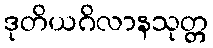
ဒုတိယဂိလာနသုတ္တ